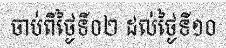
ចាប់ពីថ្ងៃទី០២ ដល់ថ្ងៃទី១០